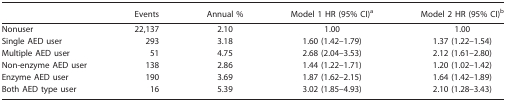
|  | Events | Annual % | Model 1 HR (95% CI)a | Model 2 HR (95% CI)b |
 | --- | --- | --- | --- | --- |
 | Nonuser | 22,137 | 2.10 | 1.00 | 1.00 |
 | Single AED user | 293 | 3.18 | 1.60 (1.42–1.79) | 1.37 (1.22–1.54) |
 | Multiple AED user | 51 | 4.75 | 2.68 (2.04–3.53) | 2.12 (1.61–2.80) |
 | Non-enzyme AED user | 138 | 2.86 | 1.44 (1.22–1.71) | 1.20 (1.02–1.42) |
 | Enzyme AED user | 190 | 3.69 | 1.87 (1.62–2.15) | 1.64 (1.42–1.89) |
 | Both AED type user | 16 | 5.39 | 3.02 (1.85–4.93) | 2.10 (1.28–3.43) |